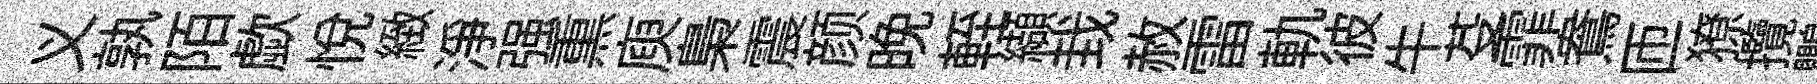
义孰陌歔悦緻浄强𤋱庾梟震颜晩輊纈㘽赦雷軌彼牛芟霏鴦匝獠攬鸚